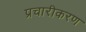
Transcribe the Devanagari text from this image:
प्रचारीकरण